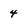
Character: 4